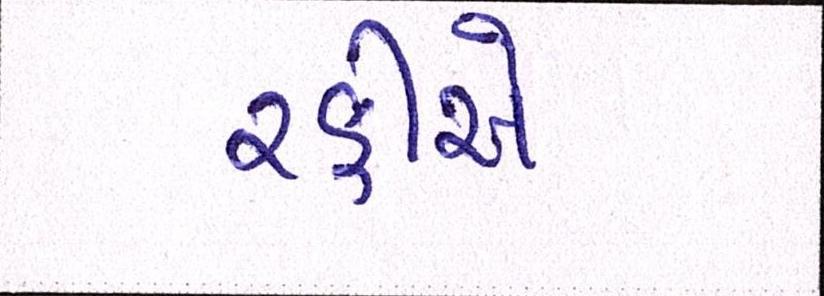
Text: રફીએ